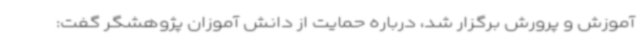
آموزش و پرورش برگزار شد، درباره حمایت از دانش آموزان پژوهشگر گفت: